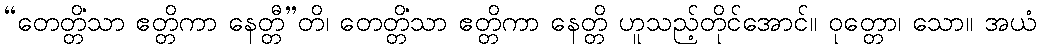
“တေတ္တိံသာ ဧတ္တိကာ နေတ္တီ”တိ၊ တေတ္တိံသာ ဧတ္တိကာ နေတ္တိ ဟူသည့်တိုင်အောင်။ ဝုတ္တော၊ သော။ အယံ